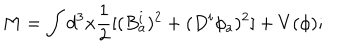
M = \int d ^ { 3 } x \frac { 1 } { 2 } [ ( B _ { a } ^ { i } ) ^ { 2 } + ( D ^ { i } \phi _ { a } ) ^ { 2 } ] + V ( \phi ) ;